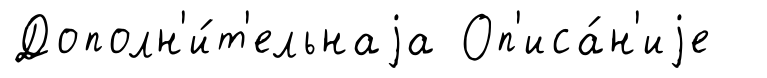
Дополн'и́т'ельнаjа Оп'иса́н'иjе